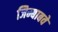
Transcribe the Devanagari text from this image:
जिम्बाबवे